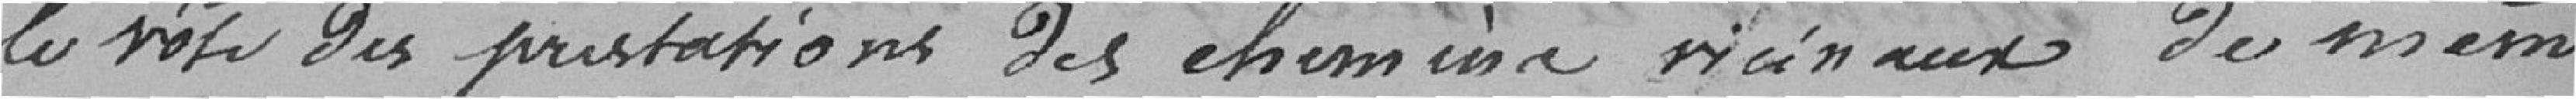
le rôle des prestations des chemins vicinaux de même